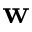
\mathbf { w }